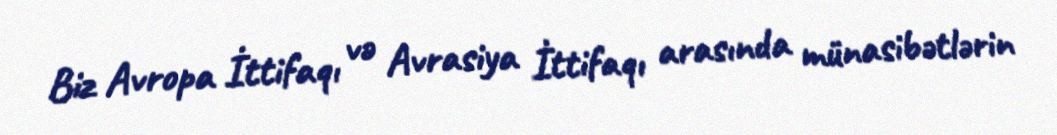
Biz Avropa İttifaqı və Avrasiya İttifaqı arasında münasibətlərin